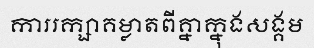
ការរក្សាគម្លាតពីគ្នាក្នុងសង្គម